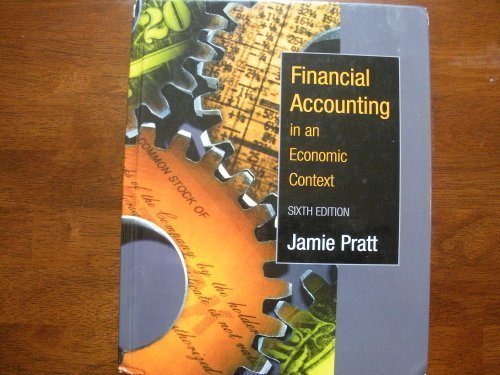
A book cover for Financial Accounting in an Economic Context 6th Edition 2006; Business & Money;